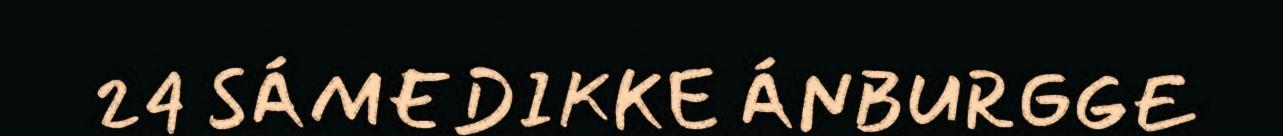
24 SÁMEDIKKE ÁNBURGGE